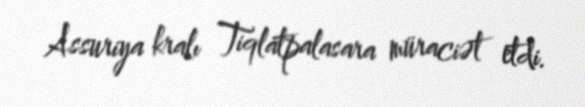
Assuriya kralı Tiqlatpalasara müraciət etdi.